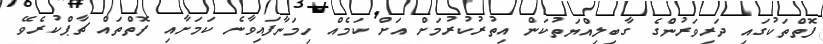
ފޮތްތަކުގައި ދަރިވަރުންގެ ގާބިލިއްޔަތުކަން އިތުރުކުރުމަށް އަށް ކަމެއް ހިމަނާފައިވާނެ ކަމަށާއި ފޮތްތައް ޗާޕްކުރެވޭ